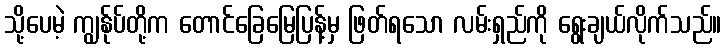
သို့ပေမဲ့ ကျွန်ုပ်တို့က တောင်ခြေမြေပြန့်မှ ဖြတ်ရသော လမ်းရှည်ကို ရွေးချယ်လိုက်သည်။